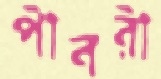
পীবরী